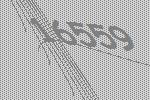
16559